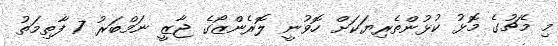
މި މެޗުގެ މޮޅު ކުޅުންތެރިޔަކަށް ހޮވުނީ ލޮރެންޒޯގެ ޖާޒީ ނަމްބަރު 7 ފާތިމަތު